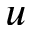
u